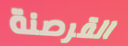
القرصنة